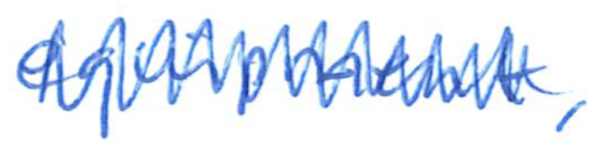
Text: equipment,
Cross-out: zig-zag
Writing tool: ballpoint